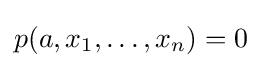
p(a,x_{1},\ldots ,x_{n})=0